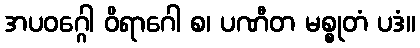
အပဝဂ္ဂေါ ဝိရာဂေါ စ၊ ပဏီတ မစ္စုတံ ပဒံ။